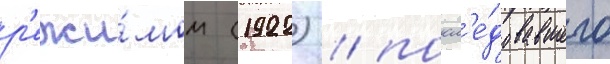
р'ежи́мом (1922) / посл'е́довавшего